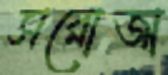
সরোজা